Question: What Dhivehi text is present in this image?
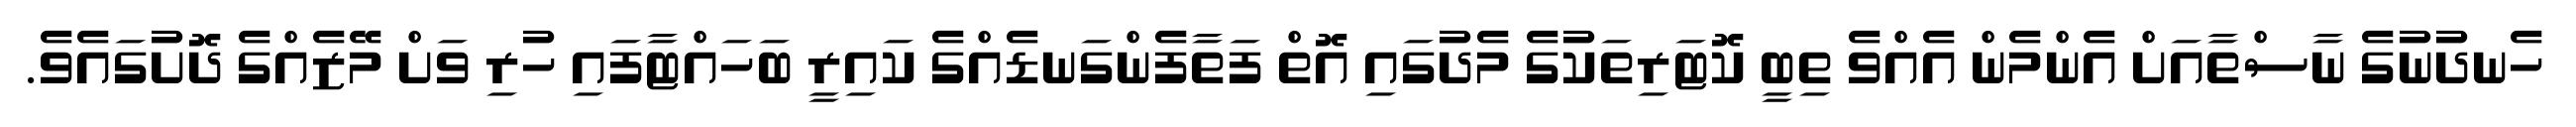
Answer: ހެނދުނުގެ ނާސްތާއަށް އެންމެން އެއްވެ ތިބީ ކޮޓަރިތަކުގެ މެދުގައި އޮތް ފަތާފެންގަނޑެއްގެ ކައިރީ ބަހައްޓާފައި ހުރި ވަށް މޭޒެއްގެ ދޮށުގައެވެ.